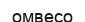
омвесо